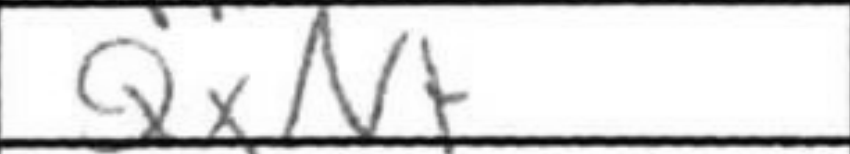
Transcription: QxN+